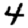
Digit: 4